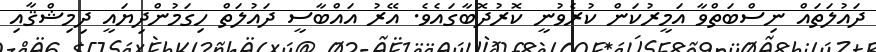
ދައުލަތައް ނިސްބަތްވާ އަމީރުކަން ކުރެވުނީ ކޮރުދޮބާގައެވެ. އޭރު އައްބާސީ ދައުލަތް ހިގަމުންދިޔައީ ދިމިޝްޤާއި